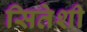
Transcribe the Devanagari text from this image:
सितेशी